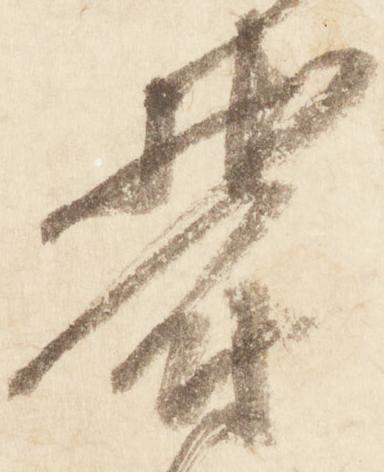
欝